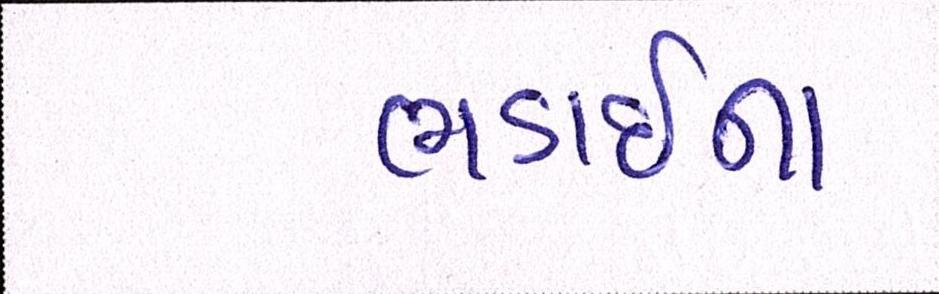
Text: ભડાઈના